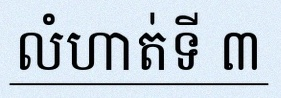
លំហាត់ទី ៣